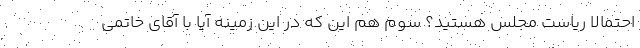
احتمالا ریاست مجلس هستید؟ سوم هم این که در این زمینه آیا با آقای خاتمی